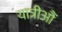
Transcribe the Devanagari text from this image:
यात्रीऔं